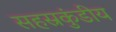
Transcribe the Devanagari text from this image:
सहस्रकुंडीय